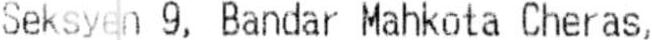
SEKSYEN 9, BANDAR MAHKOTA CHERAS,